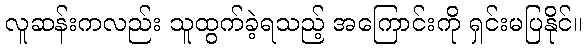
လူဆန်းကလည်း သူထွက်ခဲ့ရသည့် အကြောင်းကို ရှင်းမပြနိုင်။